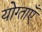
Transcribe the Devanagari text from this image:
योग्ताएँ